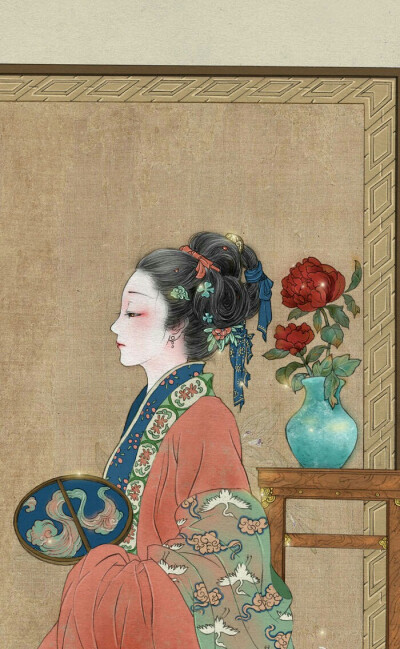
寂寞空庭春欲晚，梨花满地不开门。